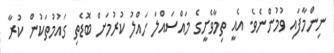
ނިންމާފައި ވުމުންނެވެ. އެއީ ތިމާވެށީގެ މައްސައްލަ ހައްލު ކުރުމަށް ބޮޑެތި ގައުމުތަކުން ކުރާ